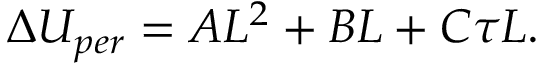
\Delta U _ { p e r } = A L ^ { 2 } + B L + C \tau L .